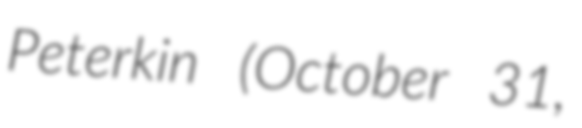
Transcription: Peterkin (October 31,